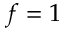
f = 1